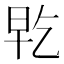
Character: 𭥡